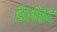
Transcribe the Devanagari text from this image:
डिलोइट